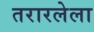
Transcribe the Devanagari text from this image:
तरारलेला